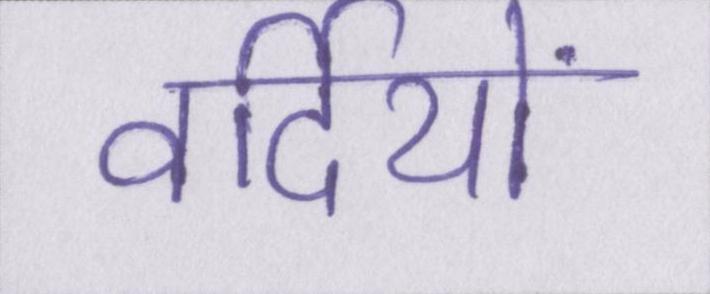
वर्दियों